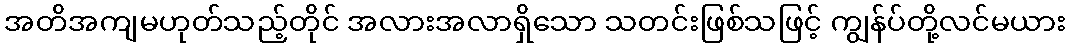
အတိအကျမဟုတ်သည့်တိုင် အလားအလာရှိသော သတင်းဖြစ်သဖြင့် ကျွန်ပ်တို့လင်မယား